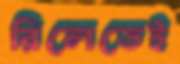
রিলেতেই